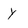
Character: y